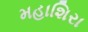
મહાશિરા